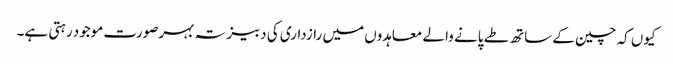
کیوں کہ چین کے ساتھ طے پانے والے معاہدوں میں رازداری کی دبیز تہ بہرصورت موجود رہتی ہے۔